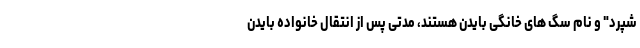
شپرد" و نام سگ های خانگی بایدن هستند، مدتی پس از انتقال خانواده بایدن